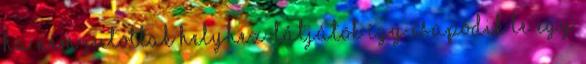
ha nem jutottak helyhez. Látjátok így csapódik le egy